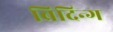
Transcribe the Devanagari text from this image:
ब्रिदिन्ग